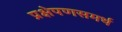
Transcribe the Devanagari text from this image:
प्रक्षेपणसमर्थ